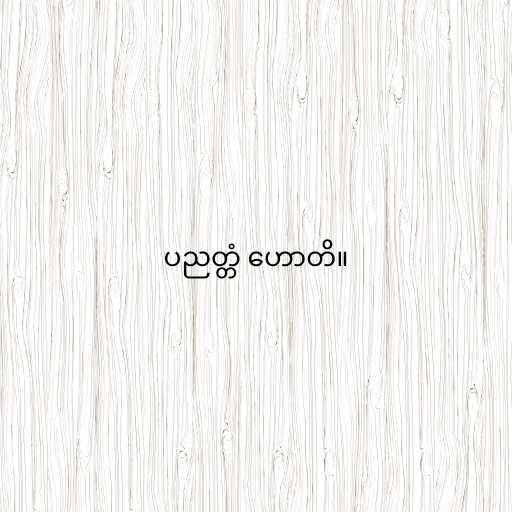
ပညတ္တံ ဟောတိ။